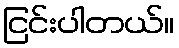
ငြင်းပါတယ်။